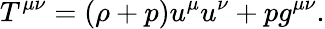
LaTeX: T^{\mu\nu}=(\rho+p)u^{\mu}u^{\nu}+pg^{\mu\nu}.